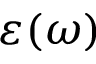
\varepsilon ( \omega )